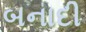
બનાદી